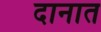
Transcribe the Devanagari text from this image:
दानात